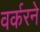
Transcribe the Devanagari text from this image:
वर्करने